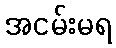
အငမ်းမရ